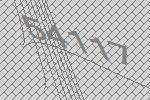
54117